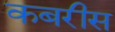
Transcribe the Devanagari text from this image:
कबरीस